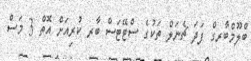
ބްލޫމްބާރގް ފަދަ ޗެނަލް ތަކުގެ ސްޓޭޓަސް ބާރ ކުރިއަށް އޮތް 3 މަސް